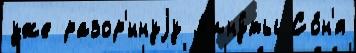
уже разор'́ннуjу м'ину́ты Со́н'я